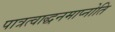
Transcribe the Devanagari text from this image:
पात्रत्वाद्धनमाप्नोति